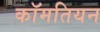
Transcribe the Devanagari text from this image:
कॉमतियन